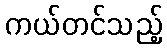
ကယ်တင်သည့်